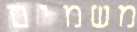
משמים